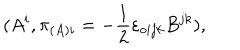
( A ^ { i } , \pi _ { ( A ) i } = - \frac { 1 } { 2 } { \varepsilon } _ { o i j k } B ^ { j k } ) ,